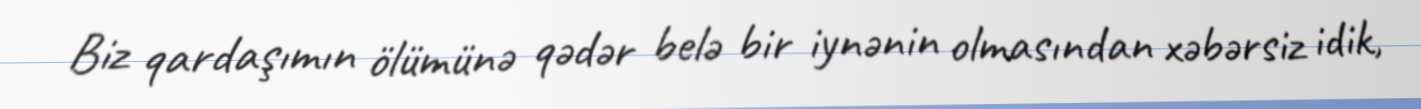
Biz qardaşımın ölümünə qədər belə bir iynənin olmasından xəbərsiz idik,